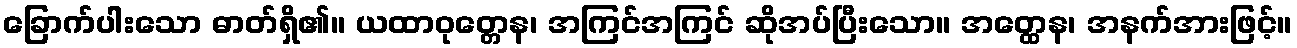
ခြောက်ပါးသော ဓာတ်ရှိ၏။ ယထာဝုတ္တေန၊ အကြင်အကြင် ဆိုအပ်ပြီးသော။ အတ္ထေန၊ အနက်အားဖြင့်။